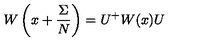
W \left( x + \frac { \Sigma } { N } \right) = U ^ { + } W ( x ) U